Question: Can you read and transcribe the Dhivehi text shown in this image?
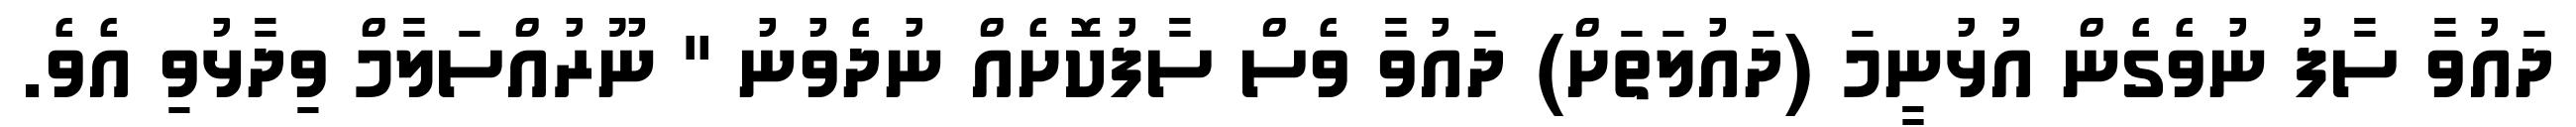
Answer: ދައުވާ ސާފު ނުވެގެން އުޅުނީމަ (ދައުލަތަށް) ދައުވާ ވެސް ސާފުކޮށެއް ނުދެވުނު " ނޫރުއްސަލާމް ވިދާޅުވި އެވެ.